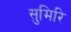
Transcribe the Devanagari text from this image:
सुमिरि